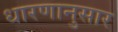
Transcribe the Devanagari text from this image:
धारणानुसार